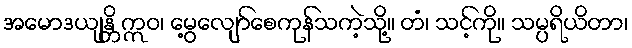
အမောဒယျန္တိ ဣဝ၊ မွေ့လျော်စေကုန်သကဲ့သို့။ တံ၊ သင့်ကို။ သမ္ပရိယိတာ၊